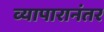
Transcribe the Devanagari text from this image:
व्यापारानंतर